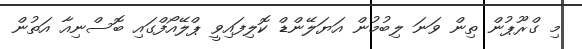
މި ގްރޫޕުން ތިން ވަނަ ލިބުމުން އަޔަލޭންޑް ކޮލިފައިވީ ޕްލޭއޯފްގައި ބޮސްނިއާ އަތުން